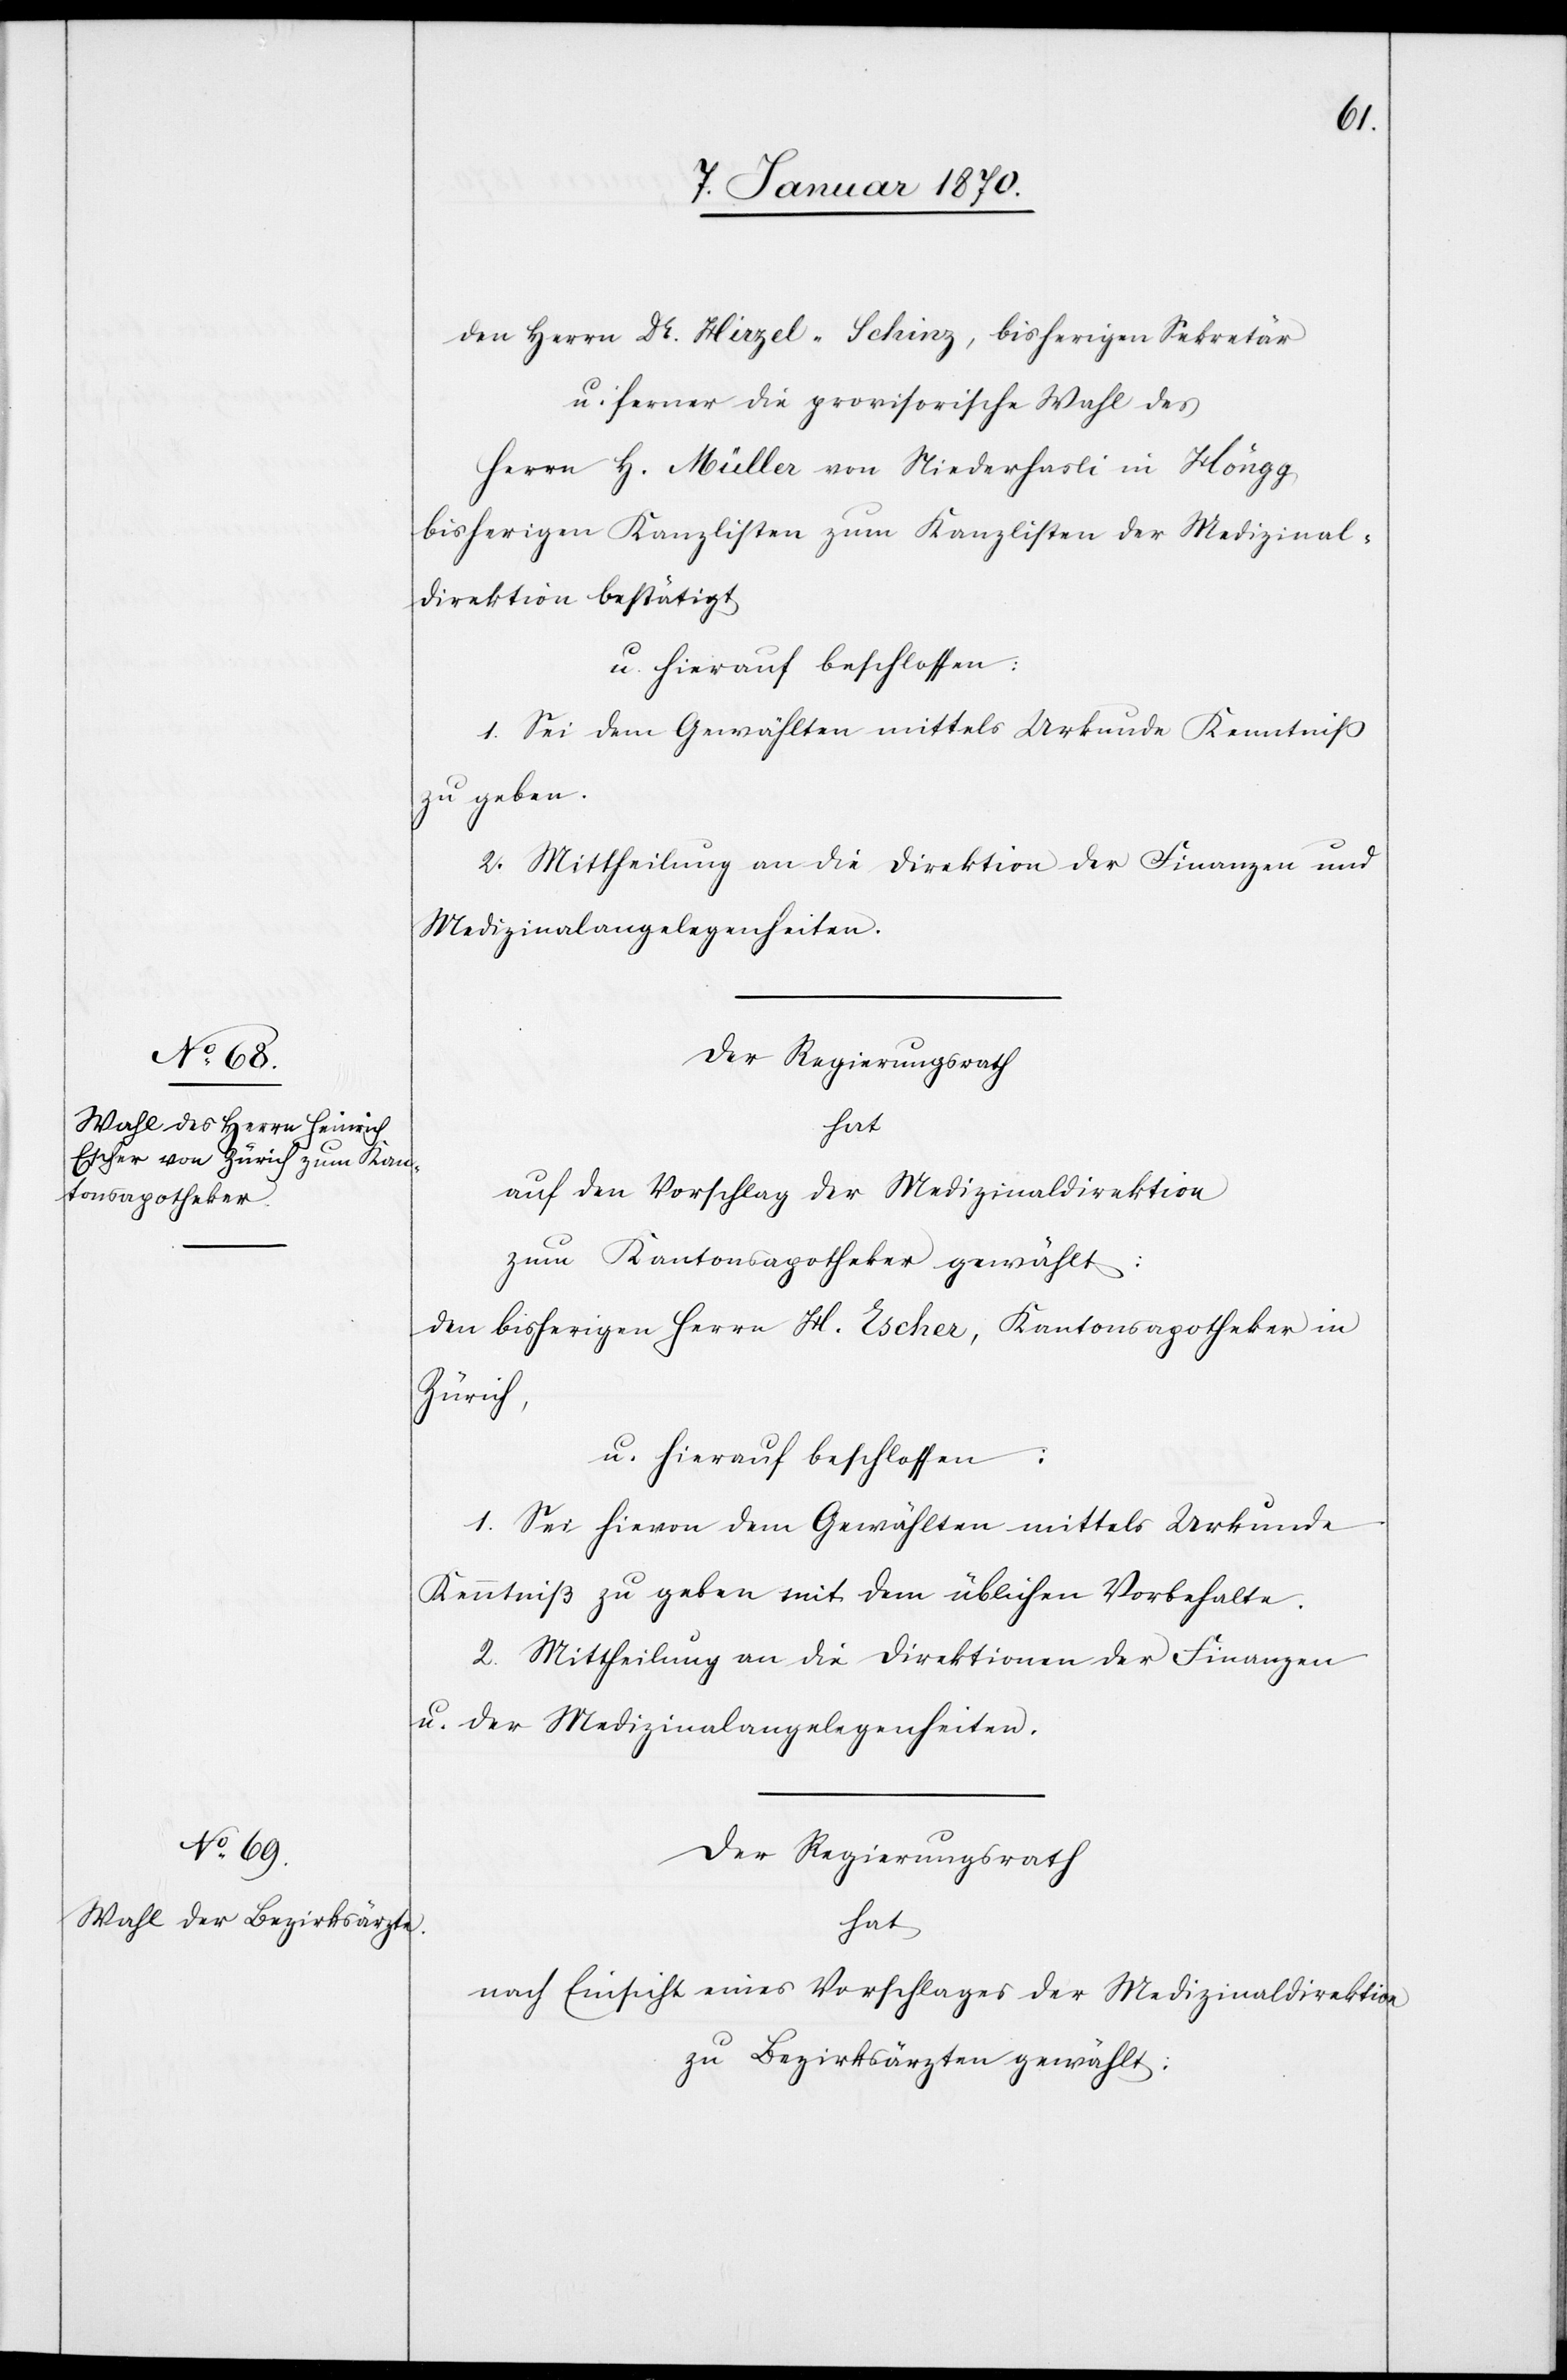
den Herrn Dr. Hirzel-Schinz, bisherigen Sekretär
u. ferner die provisorische Wahl des
Herrn H. Müller von Niederhasli in Höngg
bisherigen Kanzlisten zum Kanzlisten der Medizinal¬
direktion bestätigt
u. hierauf beschlossen:
1. Sei dem Gewählten mittels Urkunde Kenntniß
zu geben.
2. Mittheilung an die Direktion der Finanzen und
Medizinalangelegenheiten.
Der Regierungsrath
hat
auf den Vorschlag der Medizinaldirektion
zum Kantonsapotheker gewählt:
den bisherigen Herrn H. Escher, Kantonsapotheker in
Zürich,
u. hierauf beschlossen:
1. Sei hievon dem Gewählten mittels Urkunde
Kenntniß zu geben mit dem üblichen Vorbehalte.
2. Mittheilung an die Direktionen der Finanzen
u. der Medizinalangelegenheiten.
Der Regierungsrath
hat
nach Einsicht eines Vorschlages der Medizinaldirektion
zu Bezirksärzten gewählt: